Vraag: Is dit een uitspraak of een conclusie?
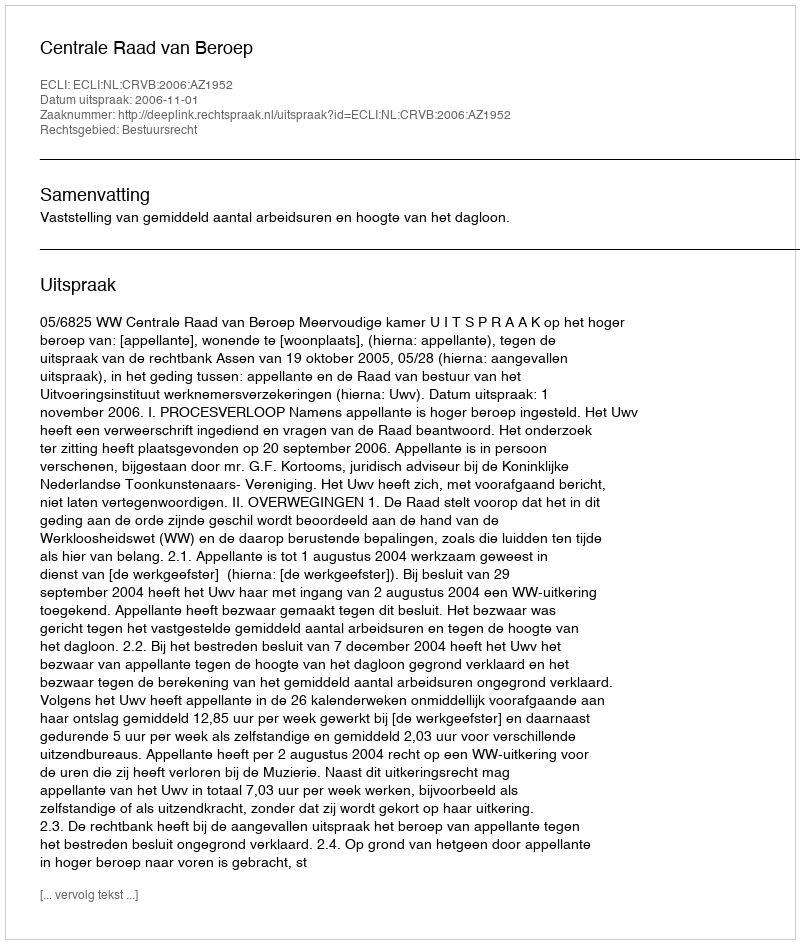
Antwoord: Uitspraak